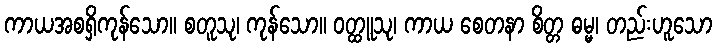
ကာယအစရှိကုန်သော။ စတူသု၊ ကုန်သော။ ဝတ္ထူသု၊ ကာယ စေတနာ စိတ္တ ဓမ္မ၊ တည်းဟူသော